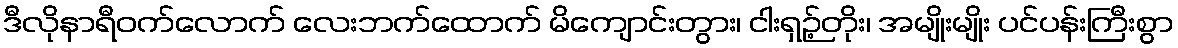
ဒီလိုနာရီဝက်လောက် လေးဘက်ထောက် မိကျောင်းတွား၊ ငါးရှဉ့်တိုး၊ အမျိုးမျိုး ပင်ပန်းကြီးစွာ